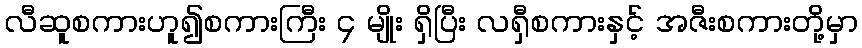
လီဆူစကားဟူ၍စကားကြီး ၄ မျိုး ရှိပြီး လရှီစကားနှင့် အဇီးစကားတို့မှာ